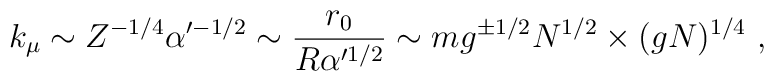
k_\mu \sim Z^{-1/4} \alpha'^{-1/2} \sim\frac{r_0}{R \alpha'^{1/2}}\sim m g^{\pm 1/2} N^{1/2} \times (gN)^{1/4}\ ,